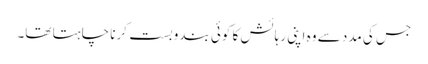
جس کی مدد سے وہ اپنی رہائش کا کوئی بندوبست کرنا چاہتا تھا۔